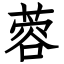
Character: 蓉